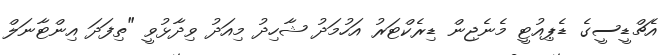
އެޗްޑީސީގެ ޑެޕިއުޓީ މެނެޖިން ޑިރެކްޓަރު އަހުމަދު ޝާހިދު މިއަދު ވިދާޅުވީ "ތިފަދަ އިންޓާނަލް